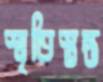
স্মৃতিস্তম্ভ